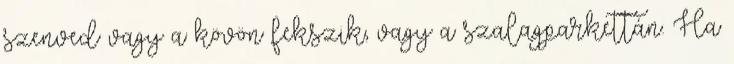
szenved vagy a kövön fekszik, vagy a szalagparkettán. Ha